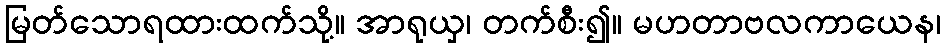
မြတ်သောရထားထက်သို့။ အာရုယှ၊ တက်စီး၍။ မဟတာဗလကာယေန၊